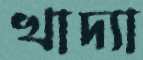
খাদ্যা